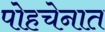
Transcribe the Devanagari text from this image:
पोहचेनात